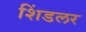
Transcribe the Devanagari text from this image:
शिंडलर